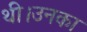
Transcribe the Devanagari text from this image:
थी।उनका